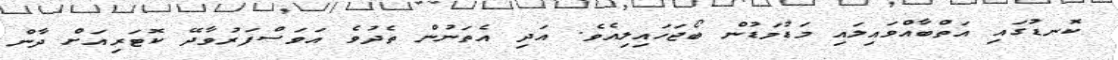
ކޮނޑުގައި އަތްބާއްވައިލައި މަޑުމަޑުން ބޯޖަހައިލިއެވެ. އަދި އެތަނުން ތެދުވެ އަވަސްފަރުވާދޭ ކޮޓަރިއަށް ދާން